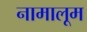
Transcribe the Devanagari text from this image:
नामालूम